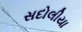
સદોલીયા